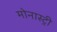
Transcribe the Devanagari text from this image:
मोनास्ट्री